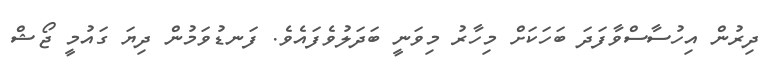
ދިރުން އިހުސާސްވާފަދަ ބަހަކަށް މިހާރު މިވަނީ ބަދަލުވެފައެވެ. ފަނޑުވަމުން ދިޔަ ގައުމީ ޖޯޝް